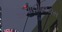
એપોલોનિયસ